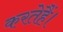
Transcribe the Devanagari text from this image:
करतेहैं।